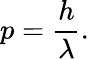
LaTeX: p={\frac{h}{\lambda}}.